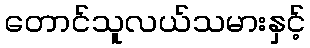
တောင်သူလယ်သမားနှင့်